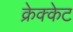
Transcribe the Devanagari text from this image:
क्रेक्केट